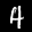
Label: 4